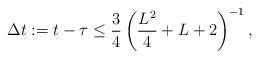
LaTeX: \begin{align*}\Delta t := t-\tau \le \frac{3}{4}\left(\frac{L^2}{4}+L+2\right)^{-1} ,\end{align*}